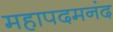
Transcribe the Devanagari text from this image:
महापदमनंद